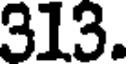
313.